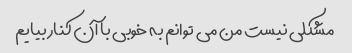
مشکلی نیست من می توانم به خوبی با آن کنار بیایم